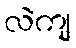
လဲကျ